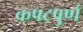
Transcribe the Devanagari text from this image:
कपटपुर्ण